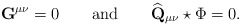
\begin{align*}\mathbf{G}^{\mu \nu }=0\qquad \mathrm{and}\qquad \widehat{\mathbf{Q}}_{\mu\nu }\star \Phi =0. \end{align*}